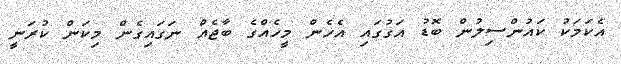
އެކަމަކު ކައުންސިލުން ބޮޑު އަގުގައި އެހެން މީހެއްގެ ބާޖެއް ނަގައިގެން މިކަން ކުރަނީ